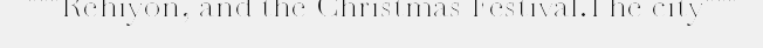
"""Rehiyon, and the Christmas Festival.The city"""